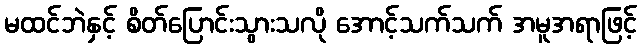
မထင်ဘဲနှင့် စိတ်ပြောင်းသွားသလို အောင့်သက်သက် အမူအရာဖြင့်